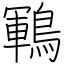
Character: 鶤